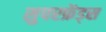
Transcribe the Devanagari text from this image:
सुपरफ्रेंड्स